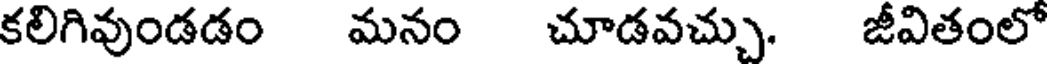
కలిగివుండడం మనం చూడవచ్చు. జీవితంలో